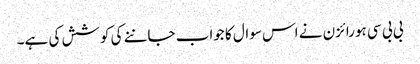
بی بی سی ہورائزن نے اس سوال کا جواب جاننے کی کوشش کی ہے۔